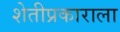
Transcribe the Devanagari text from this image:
शेतीप्रकाराला